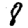
Digit: 8